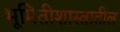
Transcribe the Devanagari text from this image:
भूमितीशास्त्रातील